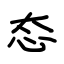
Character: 态